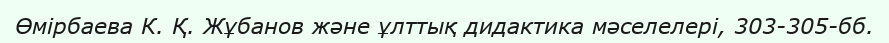
Өмірбаева К. Қ. Жұбанов және ұлттық дидактика мәселелері, 303-305-бб.